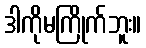
ဒါကိုမကြိုက်ဘူး။